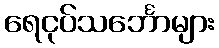
ရေငုပ်သင်္ဘောများ